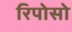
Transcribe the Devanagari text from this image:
रिपोसो